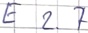
Text: E 2.7